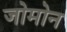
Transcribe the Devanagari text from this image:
जोमोन